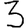
Digit: 3